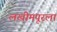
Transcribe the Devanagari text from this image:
लखीमपूरला